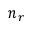
n _ { r }